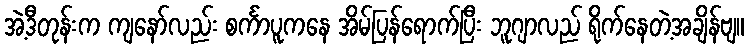
အဲ့ဒီတုန်းက ကျနော်လည်း စင်္ကာပူကနေ အိမ်ပြန်ရောက်ပြီး ဘူဂျာလည် ရိုက်နေတဲ့အချိန်ဗျ။